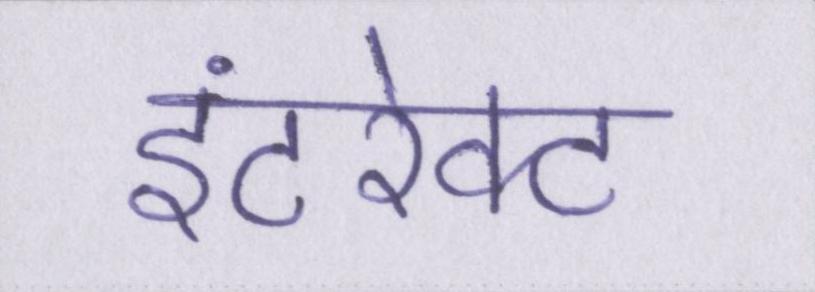
इंटरेक्ट